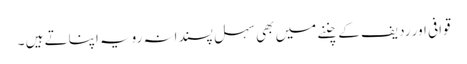
قوافی اور ردیف کے چننے میں بھی سہل پسندانہ رویہ اپناتے ہیں ۔